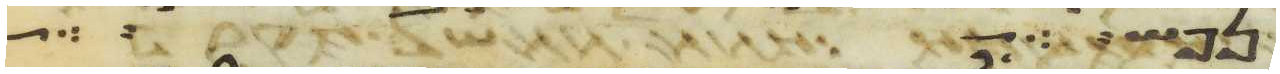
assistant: נפש או איש